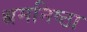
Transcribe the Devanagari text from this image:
श्रमनिष्ठा